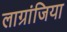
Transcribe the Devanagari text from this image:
लाग्रांजिया